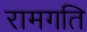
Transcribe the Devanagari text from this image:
रामगति